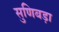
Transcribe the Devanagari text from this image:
सुणिबड़ा